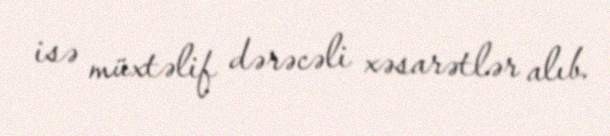
isə müxtəlif dərəcəli xəsarətlər alıb.